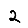
Digit: 2